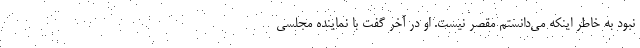
نبود به خاطر اینکه می‌دانستم مقصر نیست. او در آخر گفت با نماینده مجلسی